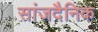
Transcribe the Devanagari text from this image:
सांजदैनिक